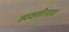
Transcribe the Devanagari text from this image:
व्यक्तीनाव